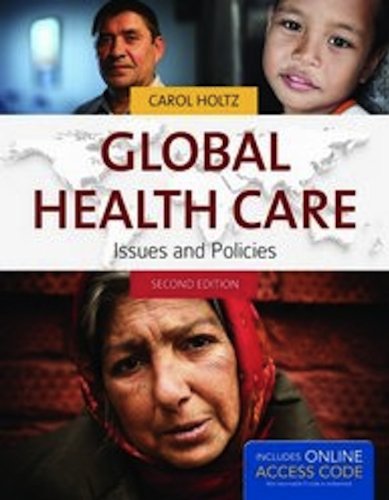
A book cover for Global Health Care: Issues and Policies (Holtz, Global Health Care); Carol Holtz; Medical Books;